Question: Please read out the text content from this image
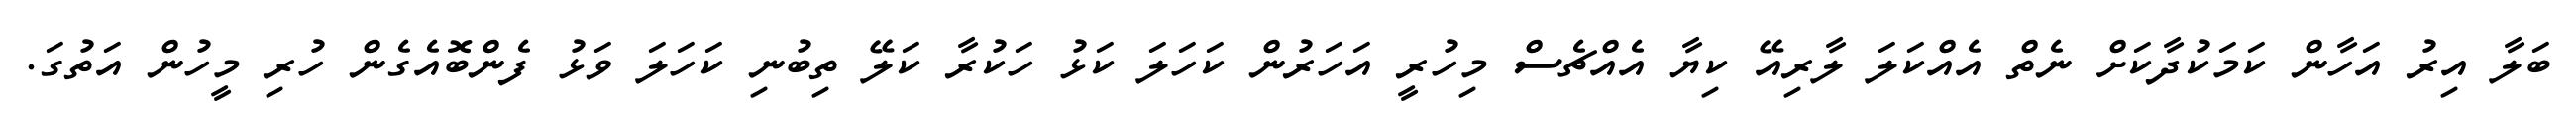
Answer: ބަލާ އިރު އަހާން ކަމަކުދާކަށް ނެތް އެއްކަލަ ލާރިއޭ ކިޔާ އެއްޗެސް މިހުރީ އަހަރުން ކަހަލަ ކަޅު ހަކުރާ ކަލޭ ތިބުނި ކަހަލަ ވަޅު ފެންބޮއެގެން ހުރި މީހުން އަތުގަ.